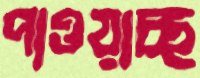
পাওয়াচ্ছ